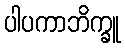
ပါပကာဘိက္ခူ